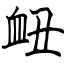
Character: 衄